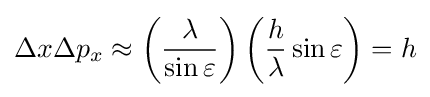
\Delta x\Delta p_{x}\approx \left({\frac {\lambda }{\sin \varepsilon }}\right)\left({\frac {h}{\lambda }}\sin \varepsilon \right)=h